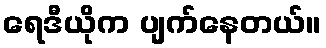
ရေဒီယိုက ပျက်နေတယ်။